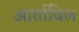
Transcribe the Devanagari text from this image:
आर्ताविल